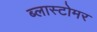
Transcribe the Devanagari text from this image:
ब्लास्टोमर